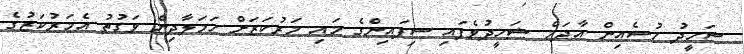
ޝަހީދު ހުސެއިން އާދަމް ޝަހީދުވެފައި ސިފައިންގެ މައި މަރުކަޒަށް ހަމަލާދިން ވަގުތު އެމަރުކަޒުގެ